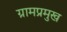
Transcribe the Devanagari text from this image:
ग्रामप्रमुख